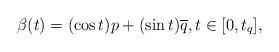
LaTeX: \begin{align*}\beta(t) = (\cos t) p + (\sin t) \overline{q}, t \in [0, t_q],\end{align*}